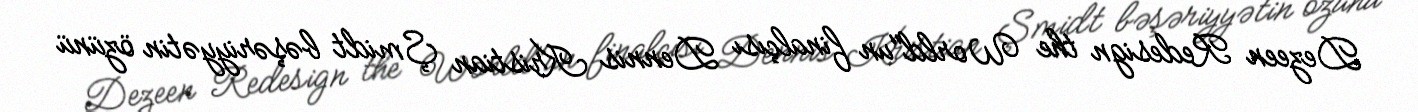
Dezeen Redesign the World"un finalçısı Dennis Kristian Şmidt bəşəriyyətin özünü